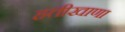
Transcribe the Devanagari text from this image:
हत्तीखाणा